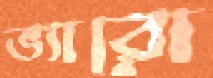
ভ্যারো